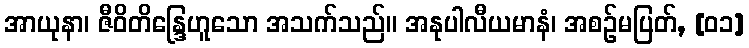
အာယုနာ၊ ဇီဝိတိန္ဒြေဟူသော အသက်သည်။ အနုပါလီယမာနံ၊ အစဉ်မပြတ်, [၀၁]